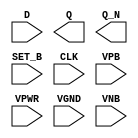
module sky130_fd_sc_ms__dfsbp (
    //# {{data|Data Signals}}
    input  D    ,
    output Q    ,
    output Q_N  ,

    //# {{control|Control Signals}}
    input  SET_B,

    //# {{clocks|Clocking}}
    input  CLK  ,

    //# {{power|Power}}
    input  VPB  ,
    input  VPWR ,
    input  VGND ,
    input  VNB
);
endmodule